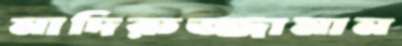
নাদিরুজ্জামান